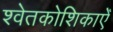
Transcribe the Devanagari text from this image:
श्वेतकोशिकाएँ